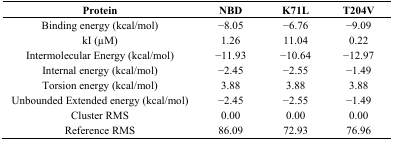
<table><thead><tr><td><b>Protein</b></td><td><b>NBD</b></td><td><b>K71L</b></td><td><b>T204V</b></td></tr></thead><tbody><tr><td>Binding energy (kcal/mol)</td><td>−8.05</td><td>−6.76</td><td>−9.09</td></tr><tr><td>kI (μM)</td><td>1.26</td><td>11.04</td><td>0.22</td></tr><tr><td>Intermolecular Energy (kcal/mol)</td><td>−11.93</td><td>−10.64</td><td>−12.97</td></tr><tr><td>Internal energy (kcal/mol)</td><td>−2.45</td><td>−2.55</td><td>−1.49</td></tr><tr><td>Torsion energy (kcal/mol)</td><td>3.88</td><td>3.88</td><td>3.88</td></tr><tr><td>Unbounded Extended energy (kcal/mol)</td><td>−2.45</td><td>−2.55</td><td>−1.49</td></tr><tr><td>Cluster RMS</td><td>0.00</td><td>0.00</td><td>0.00</td></tr><tr><td>Reference RMS</td><td>86.09</td><td>72.93</td><td>76.96</td></tr></tbody></table>